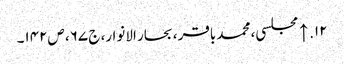
۱۲. ↑ مجلسی، محمد باقر، بحار الانوار، ج‌ ۶۷، ص‌۱۴۲۔